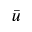
\bar { u }